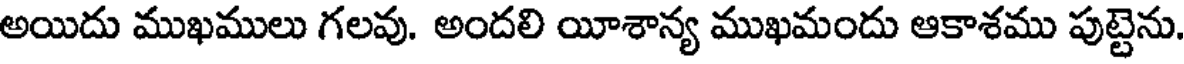
అయిదు ముఖములు గలవు. అందలి యీశాన్య ముఖమందు ఆకాశము పుట్టెను.